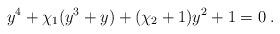
LaTeX: \begin{align*}y^4+\chi_1(y^3+y)+(\chi_2+1)y^2 +1 =0 \; .\end{align*}